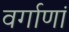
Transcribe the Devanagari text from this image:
वर्गाणां